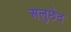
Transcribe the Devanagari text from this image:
अलुछेद